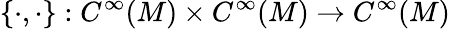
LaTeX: \{ \cdot,\cdot\} :C^{\infty}(M)\times C^{\infty}(M)\to C^{\infty}(M)